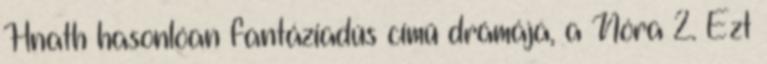
Hnath hasonlóan fantáziadús című drámája, a Nóra 2. Ezt